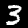
Digit: 3